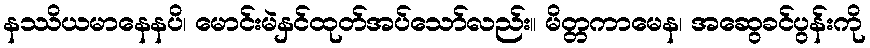
နဿိယမာနေနပိ၊ မောင်းမဲနှင်ထုတ်အပ်သော်လည်း။ မိတ္တကာမေန၊ အဆွေခင်ပွန်းကို